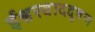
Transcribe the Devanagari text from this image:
ईश्वरवाददूषण